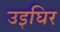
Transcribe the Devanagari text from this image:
उइघिर